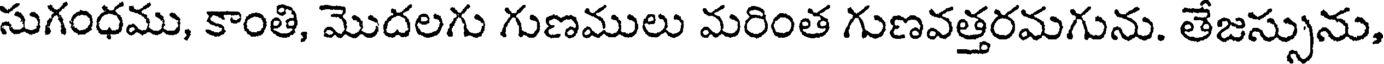
సుగంధము, కాంతి, మొదలగు గుణములు మరింత గుణవత్తరమగును. తేజస్సును,